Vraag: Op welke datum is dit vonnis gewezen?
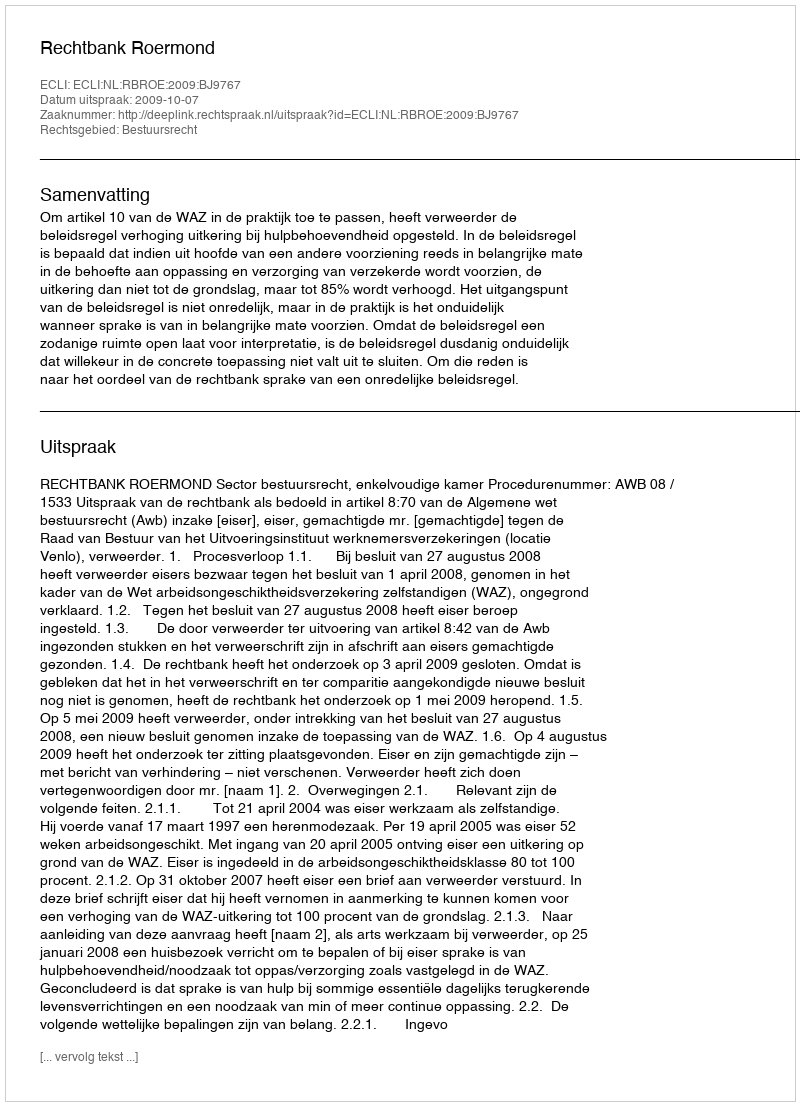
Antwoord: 2009-10-07